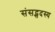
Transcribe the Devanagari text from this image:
संसद्सदस्य